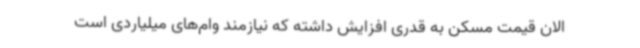
الان قیمت مسکن به قدری افزایش داشته که نیازمند وام‌های میلیاردی است